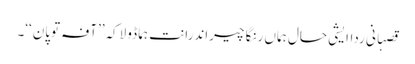
قصہانی رداایشی حال ہماں رنگا چیراندرانت ہما ڈولاکہ’’آفہ توپان‘‘۔